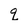
Character: q